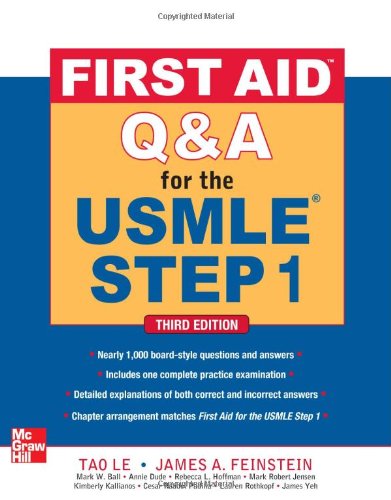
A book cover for First Aid Q&A for the USMLE Step 1, Third Edition; Tao Le; Test Preparation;